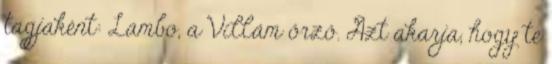
tagjaként: Lambo, a Villám őrző. Azt akarja, hogy te